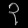
Digit: ၃